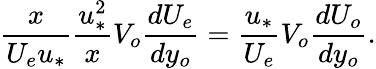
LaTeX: \frac{x}{U_{e}u_{*}}\frac{u_{*}^{2}}{x}V_{o}\frac{dU_{e}}{dy_{o}}=\frac{u_{*}}{U_{e}}V_{o}\frac{dU_{o}}{dy_{o}}.